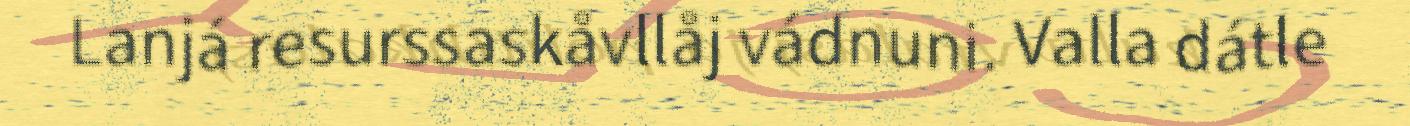
Lanjá resurssaskåvllåj vádnuni. Valla dátle